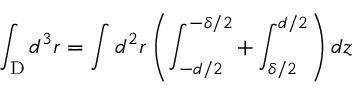
\int _ { \mathrm { D } } d ^ { 3 } r = \int d ^ { 2 } r \left( \int _ { - d / 2 } ^ { - \delta / 2 } + \int _ { \delta / 2 } ^ { d / 2 } \right) d z